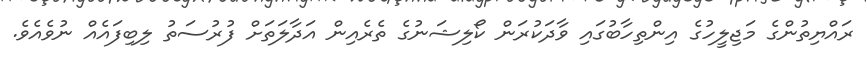
ރައްޔިތުންގެ މަޖިލީހުގެ އިންތިހާބުގައި ވާދަކުރަން ކޯލިޝަނުގެ ތެރެއިން އަދާލަތަށް ފުރުސަތު ލިބިފައެއް ނުވެއެވެ.